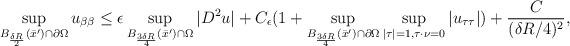
LaTeX: \begin{align*}\sup\limits_{B_{\frac{\delta R}{2}}(\bar x^\prime)\cap \partial\Omega} u_{\beta\beta} \le \epsilon \sup\limits_{B_{\frac{3\delta R}{4}}(\bar x^\prime)\cap \Omega}|D^2u| + C_\epsilon (1+ \sup\limits_{B_{\frac{3\delta R}{4}}(\bar x^\prime)\cap \partial\Omega}\sup\limits_{|\tau|=1,\tau\cdot \nu=0} |u_{\tau\tau}|) + \frac{C}{(\delta R/ 4)^2},\end{align*}